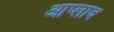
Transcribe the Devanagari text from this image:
आप्लाव